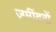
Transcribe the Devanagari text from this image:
जमींदरों